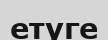
етуге